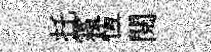
托霜恆閲